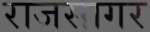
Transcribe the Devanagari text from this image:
राजसागर